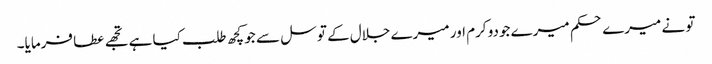
تو نے میرے حکم میرے جودو کرم اور میرے جلال کے توسل سے جو کچھ طلب کیا ہے تجھے عطا فرمایا۔